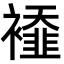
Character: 𧞁